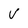
Character: V